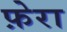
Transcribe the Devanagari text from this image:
फ़ेरा